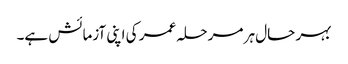
بہر حال ہر مرحلہ عمر کی اپنی آزمائش ہے۔